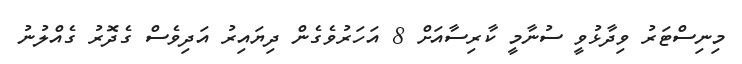
މިނިސްޓަރު ވިދާޅުވީ ސުނާމީ ކާރިސާއަށް 8 އަހަރުވެގެން ދިޔައިރު އަދިވެސް ގެދޮރު ގެއްލުނު